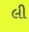
લી